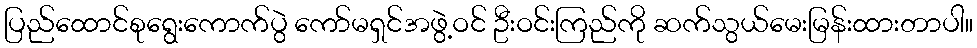
ပြည်ထောင်စုရွေးကောက်ပွဲ ကော်မရှင်အဖွဲ့ဝင် ဦးဝင်းကြည်ကို ဆက်သွယ်မေးမြန်းထားတာပါ။